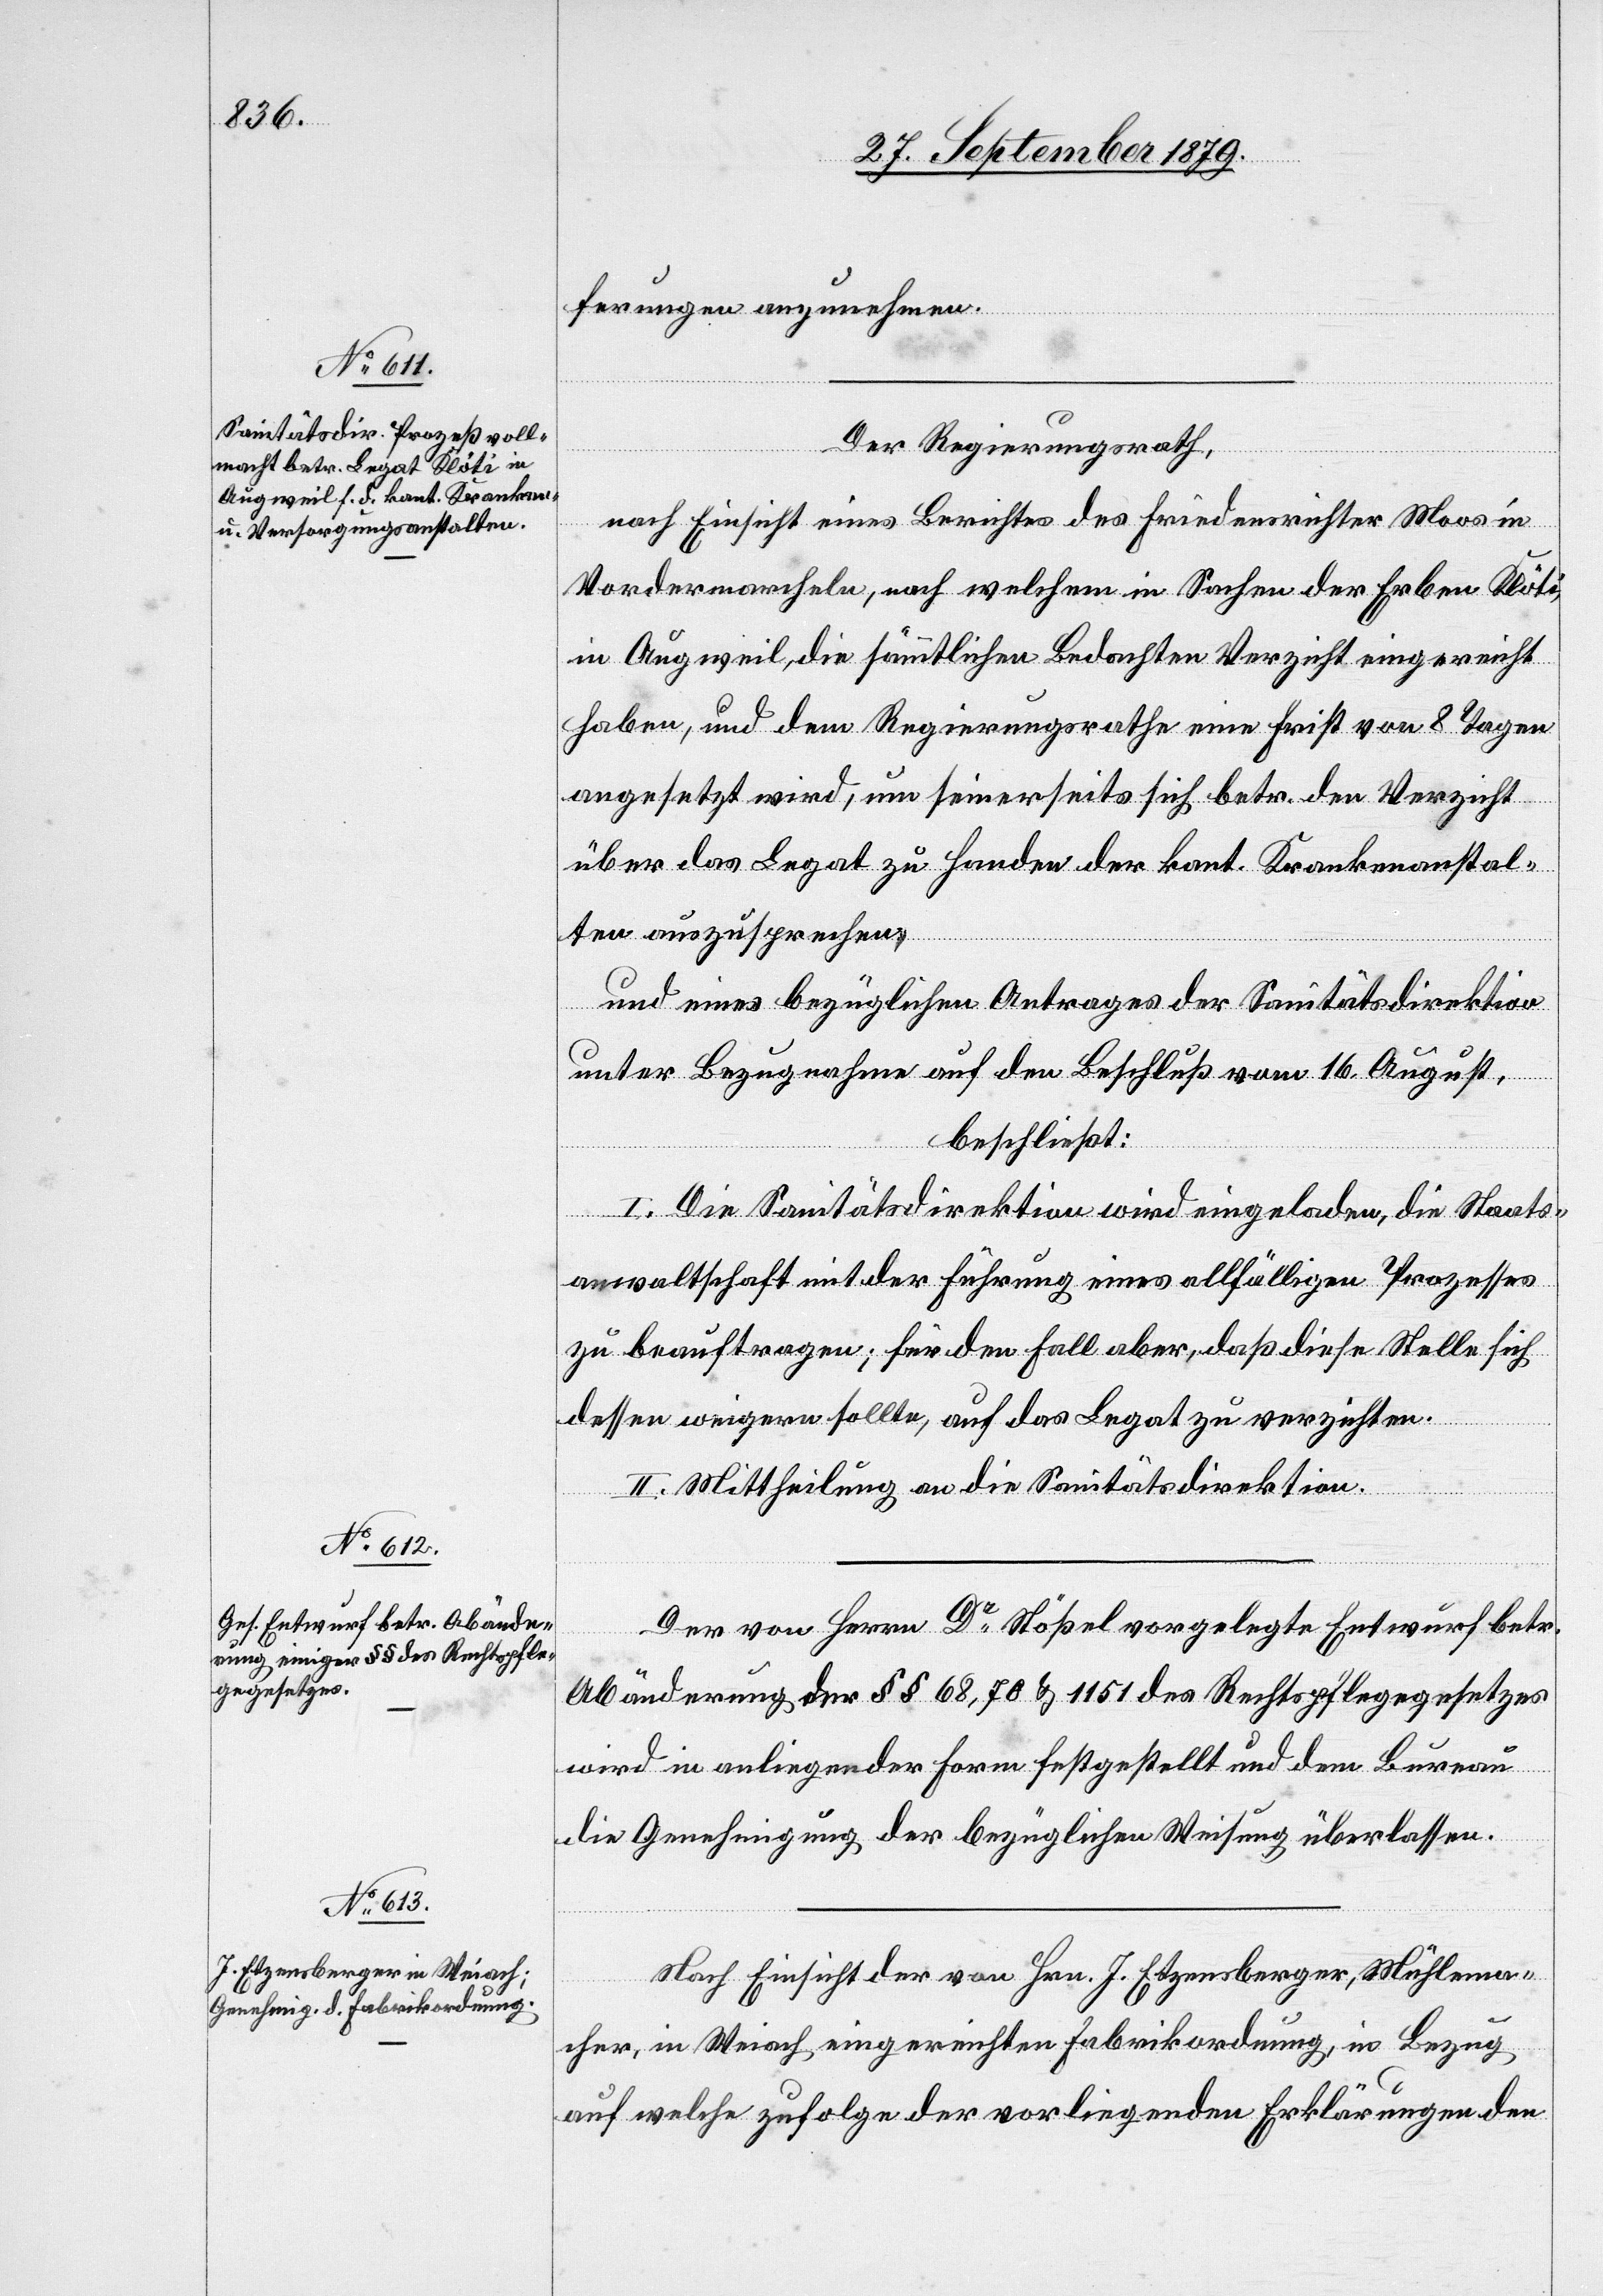
ferungen anzunehmen.
Der Regierungsrath,
nach Einsicht eines Berichtes des Friedensrichter Moos in
Vordermarcheln, nach welchem in Sachen der Erben Klöti
in Augweil, die sämmtlichen Bedachten Verzicht eingereicht
haben, und dem Regierungsrathe eine Frist von 8 Tagen
angesetzt wird, um seinerseits sich betr. den Verzicht
über das Legat zu Handen der kant. Krankenanstal¬
ten auszusprechen,
und eines bezüglichen Antrages der Sanitätsdirektion
unter Bezugnahme auf den Beschluß vom 16. August,
beschließt:
I. Die Sanitätsdirektion wird eingeladen, die Staats¬
anwaltschaft mit der Führung eines allfälligen Prozesses
zu beauftragen; für den Fall aber, daß diese Stelle sich
dessen weigern sollte, auf das Legat zu verzichten.
II. Mittheilung an die Sanitätsdirektion.
Der von Herrn Dr Stößel vorgelegte Entwurf betr.
Abänderung der §§ 68, 70 & 1151 des Rechtspflegegesetzes
wird in anliegender Form festgestellt und dem Bureau
die Genehmigung der bezüglichen Weisung überlassen.
Nach Einsicht der von Hrn. J. Etzensberger, Mühlema¬
cher, in Weiach eingereichten Fabrikordnung, in Bezug
auf welche zufolge der vorliegenden Erklärungen den